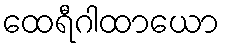
ထေရီဂါထာယော